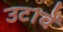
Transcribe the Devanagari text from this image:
उटावें